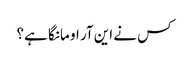
کس نے این آر او مانگا ہے؟